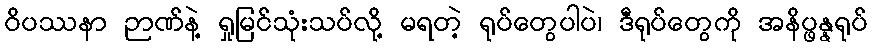
ဝိပဿနာ ဉာဏ်နဲ့ ရှုမြင်သုံးသပ်လို့ မရတဲ့ ရုပ်တွေပါပဲ၊ ဒီရုပ်တွေကို အနိပ္ဖန္နရုပ်